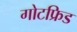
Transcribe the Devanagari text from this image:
गोटफ्रिड